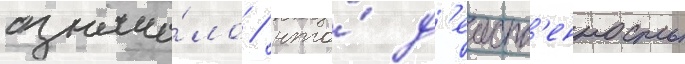
означа́ло / что́ д'еиств'енность